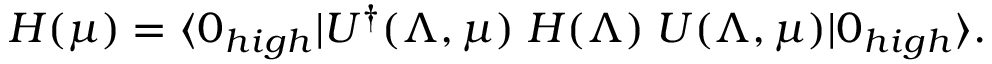
H ( \mu ) = \langle 0 _ { h i g h } | U ^ { \dagger } ( \Lambda , \mu ) \; H ( \Lambda ) \; U ( \Lambda , \mu ) | 0 _ { h i g h } \rangle .